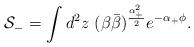
LaTeX: \begin{align*}{\cal S}_- = \int d^2 z ~ (\beta\bar\beta)^{\frac{\alpha_+^2}{2}}e^{-\alpha_+\phi}. \end{align*}